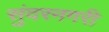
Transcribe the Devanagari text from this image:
सुंदरनगरी